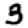
Digit: 3